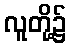
လူတို့၌